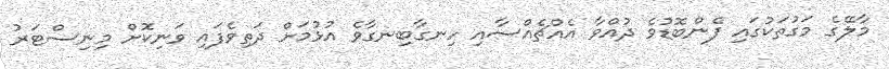
މާލޭގެ މަގުތަކުގައި ފެންބޮޑުވެ ދުއްވާ އެއްޗެއްސާއި ހިނގާބިނގާވެ އުޅުމަށް ދަތިވެފައި ވަނިކޮށް މިނިސްޓަރު